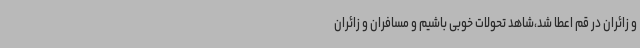
و زائران در قم اعطا شد،شاهد تحولات خوبی باشیم و مسافران و زائران